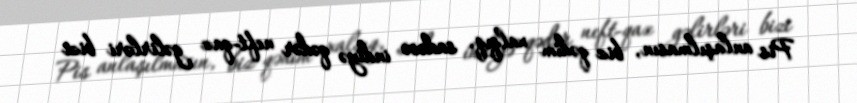
Pis anlaşılmasın, biz qədim xalqıq, sadəcə indiyə qədər neft-qaz gəlirləri bizi